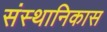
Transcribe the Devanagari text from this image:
संस्थानिकास